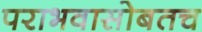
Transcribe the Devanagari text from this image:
पराभवासोबतच